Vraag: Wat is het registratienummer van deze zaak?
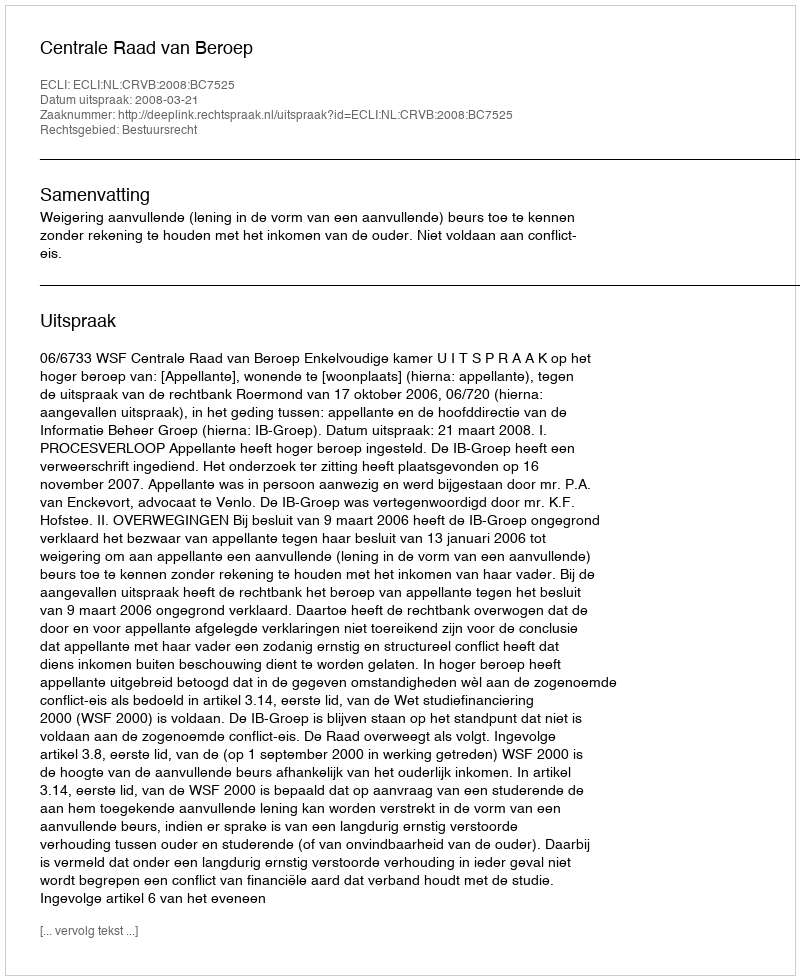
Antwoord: http://deeplink.rechtspraak.nl/uitspraak?id=ECLI:NL:CRVB:2008:BC7525